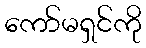
ကော်မရှင်ကို